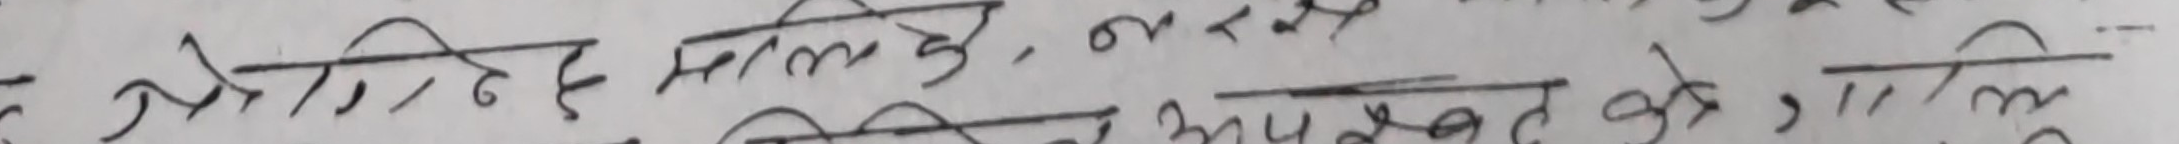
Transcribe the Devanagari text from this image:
ये, मेरे मलके, न से आप्त के लिए